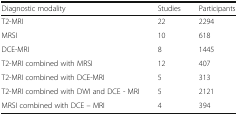
| Diagnostic modality | Studies | Participants |
 | --- | --- | --- |
 | T2-MRI | 22 | 2294 |
 | MRSI | 10 | 618 |
 | DCE-MRI | 8 | 1445 |
 | T2-MRI combined with MRSI | 12 | 407 |
 | T2-MRI combined with DCE-MRI | 5 | 313 |
 | T2-MRI combined with DWI and DCE - MRI | 5 | 2121 |
 | MRSI combined with DCE – MRI | 4 | 394 |